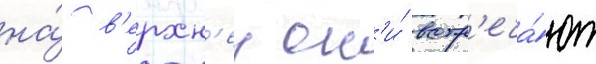
на́ в'ерхн'еи он'и́ встр'еча́ют